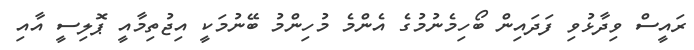
ރައީސް ވިދާޅުވި ފަދައިން ބޯހިމެނުމުގެ އެންމެ މުހިންމު ބޭނުމަކީ އިޖުތިމާއީ ޕޮލިސީ އާއި